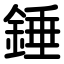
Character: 錘